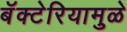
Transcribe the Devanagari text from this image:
बॅक्टेरियामुळे